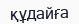
құдайға